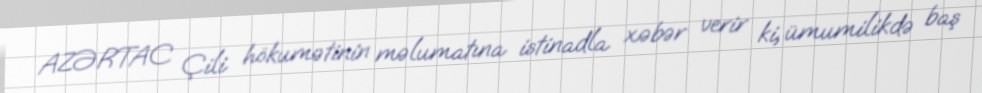
AZƏRTAC Çili hökumətinin məlumatına istinadla xəbər verir ki, ümumilikdə baş